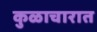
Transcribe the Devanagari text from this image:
कुळाचारात